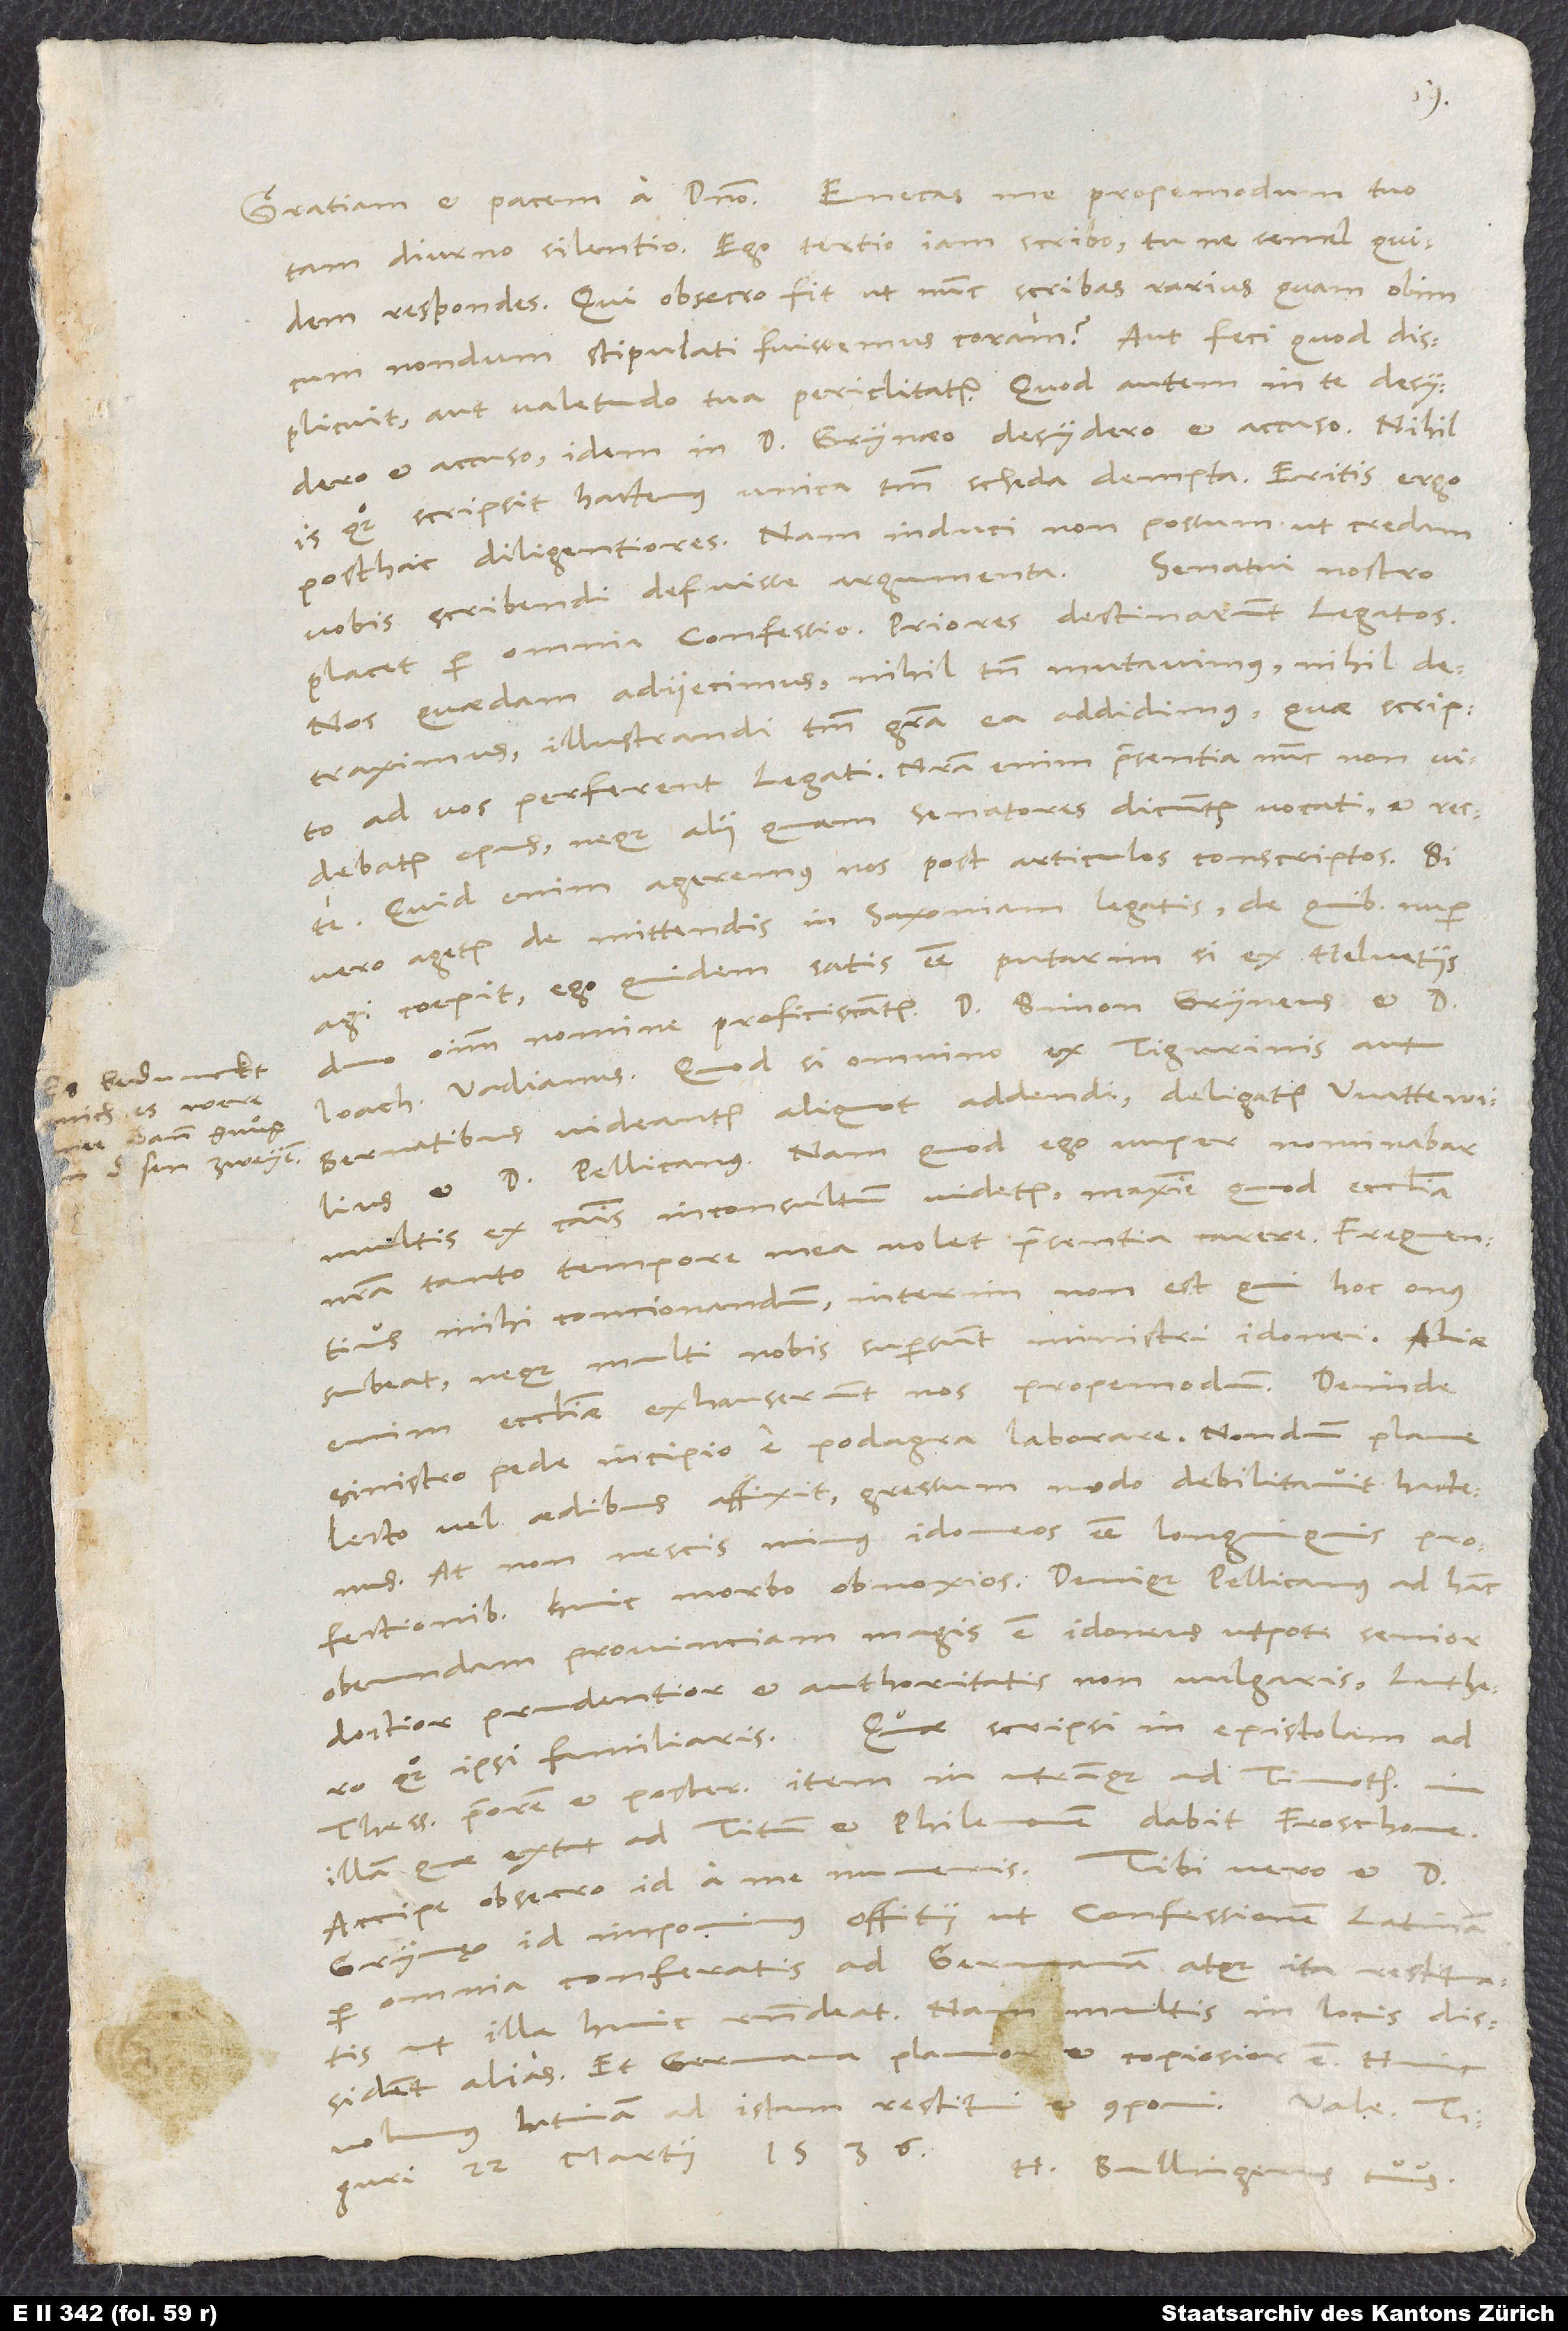
sen zweyen.

tam diurno silentio. Ego tertio iam scribo tu, ne semel quidem
respondes. Qui, obsecro, fit, ut nunc scribas rarius quam olim,
cum nondum stipulati fuissemus coram? Aut feci, quod displicuit,
aut valetudo tua periclitatur. Quod autem in te desydero
et accuso, idem in d. Grynaeo desydero et accuso. Nihil
is quoque scripsit hactenus unica tantum scheda dempta. Eritis ergo
posthac diligentiores. Nam induci non possum, ut credam
Senatui nostro
vobis scribendi defuisse argumenta.
placet per omnia confessio. Priores destinarunt legatos.
Nos quaedam adiiecimus, nihil tamen mutavimus, nihil
detraximus; illustrandi tantum gratia ea addidimus, quae scripto
ad vos perferent legati. Nostra enim praesentia nunc non
videbatur opus, neque ahi quam senatores dicuntur vocati et recte.
Quid enim ageremus nos post articulos conscriptos?
vero agetur de mittendis in Saxoniam legatis, de quibus nuper
agi coepit, ego quidem satis esse putarim, si ex Helvetiis
duo omnium nomine proficiscantur: d. Simon Gryneus et
Bernatibus videantur aliquot addendi, deligatur Wattewilius
et d. Pellicanus. Nam quod ego nuper nominabar,
multis ex caussis inconsultum videtur, maxime, quod ecclesia
nostra tanto tempore mea nolet praesentia carere. Frequentius
mihi concionandum, interim non est, qui hoc onus
subeat, neque multi nobis supersunt ministri idonei. Aliae
enim ecclesiae exhauserunt nos propemodum. Deinde
sinistro pede incipio e podagra laborare. Nondum plane
lecto vel aedibus affixit, gressum modo debilitavit hactenus.
At non nescis minus idoneos esse longinquis
profectionibus huic morbo obnoxios. Denique Pellicanus ad hanc
obeundam provinciam magis est idoneus utpote senior,
doctior, prudentior et authoritatis non vulgaris, Luthero
Thessalonicenses priorem et posteriorem, item in utranque, ad Timotheum, in
illam, quae extat ad Titum et Philemonem, dabit Froschouerus.
Grynęo id imponimus offitii, ut confessionem Latinam
per omnia conferatis ad Germanam atque ita restituatis,
ut illa huic respondeat. Nam multis in locis dissident
alias, et Germana planior et copiosior est. Hinc
Latinam ad istam restitui et componi.
Tiguri, 22. martii 1536.
H. Bullingerus tuus.